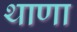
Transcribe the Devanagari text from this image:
थाणा